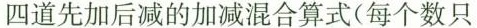
四道先加后减的加减混合算式(每个数只